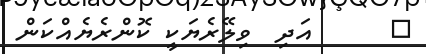
٢      އަދި  ވިލޭރެޔަކީ ކޮންރެޔެއްކަން